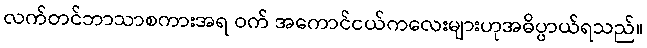
လက်တင်ဘာသာစကားအရ ဝက် အကောင်ငယ်ကလေးများဟုအဓိပ္ပာယ်ရသည်။